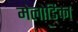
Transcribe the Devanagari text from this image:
मेलोडिका